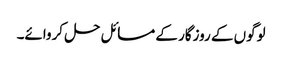
لوگوں کے روزگار کے مسائل حل کروائے۔